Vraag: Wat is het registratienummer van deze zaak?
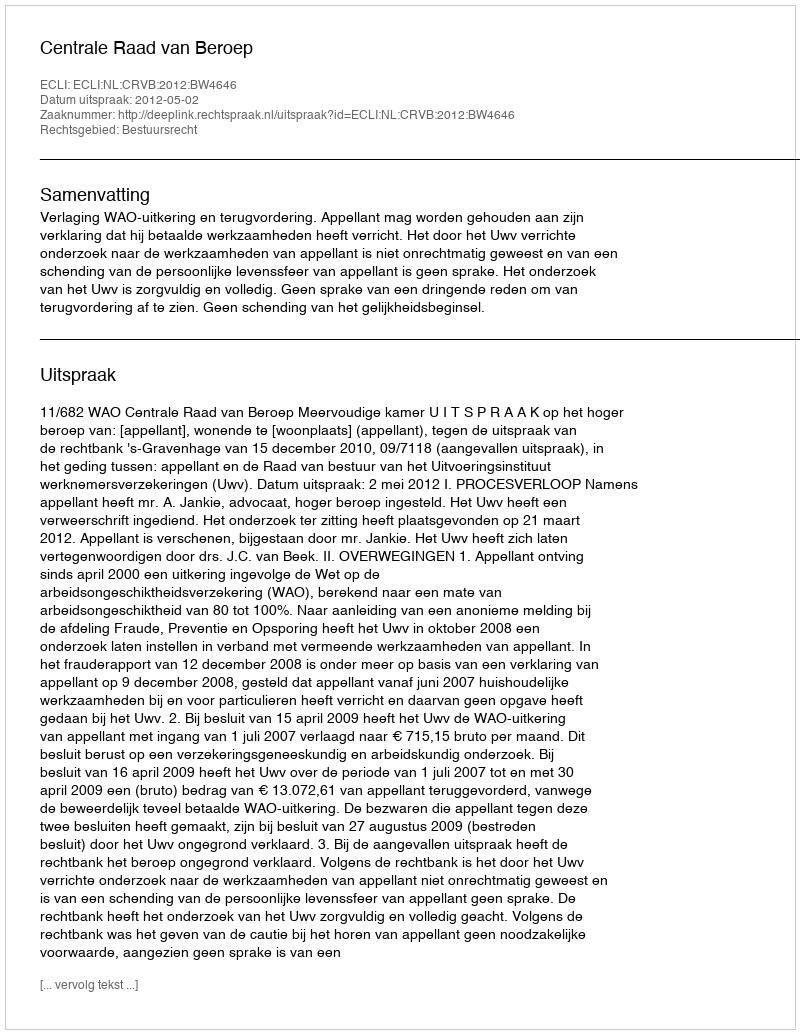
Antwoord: http://deeplink.rechtspraak.nl/uitspraak?id=ECLI:NL:CRVB:2012:BW4646